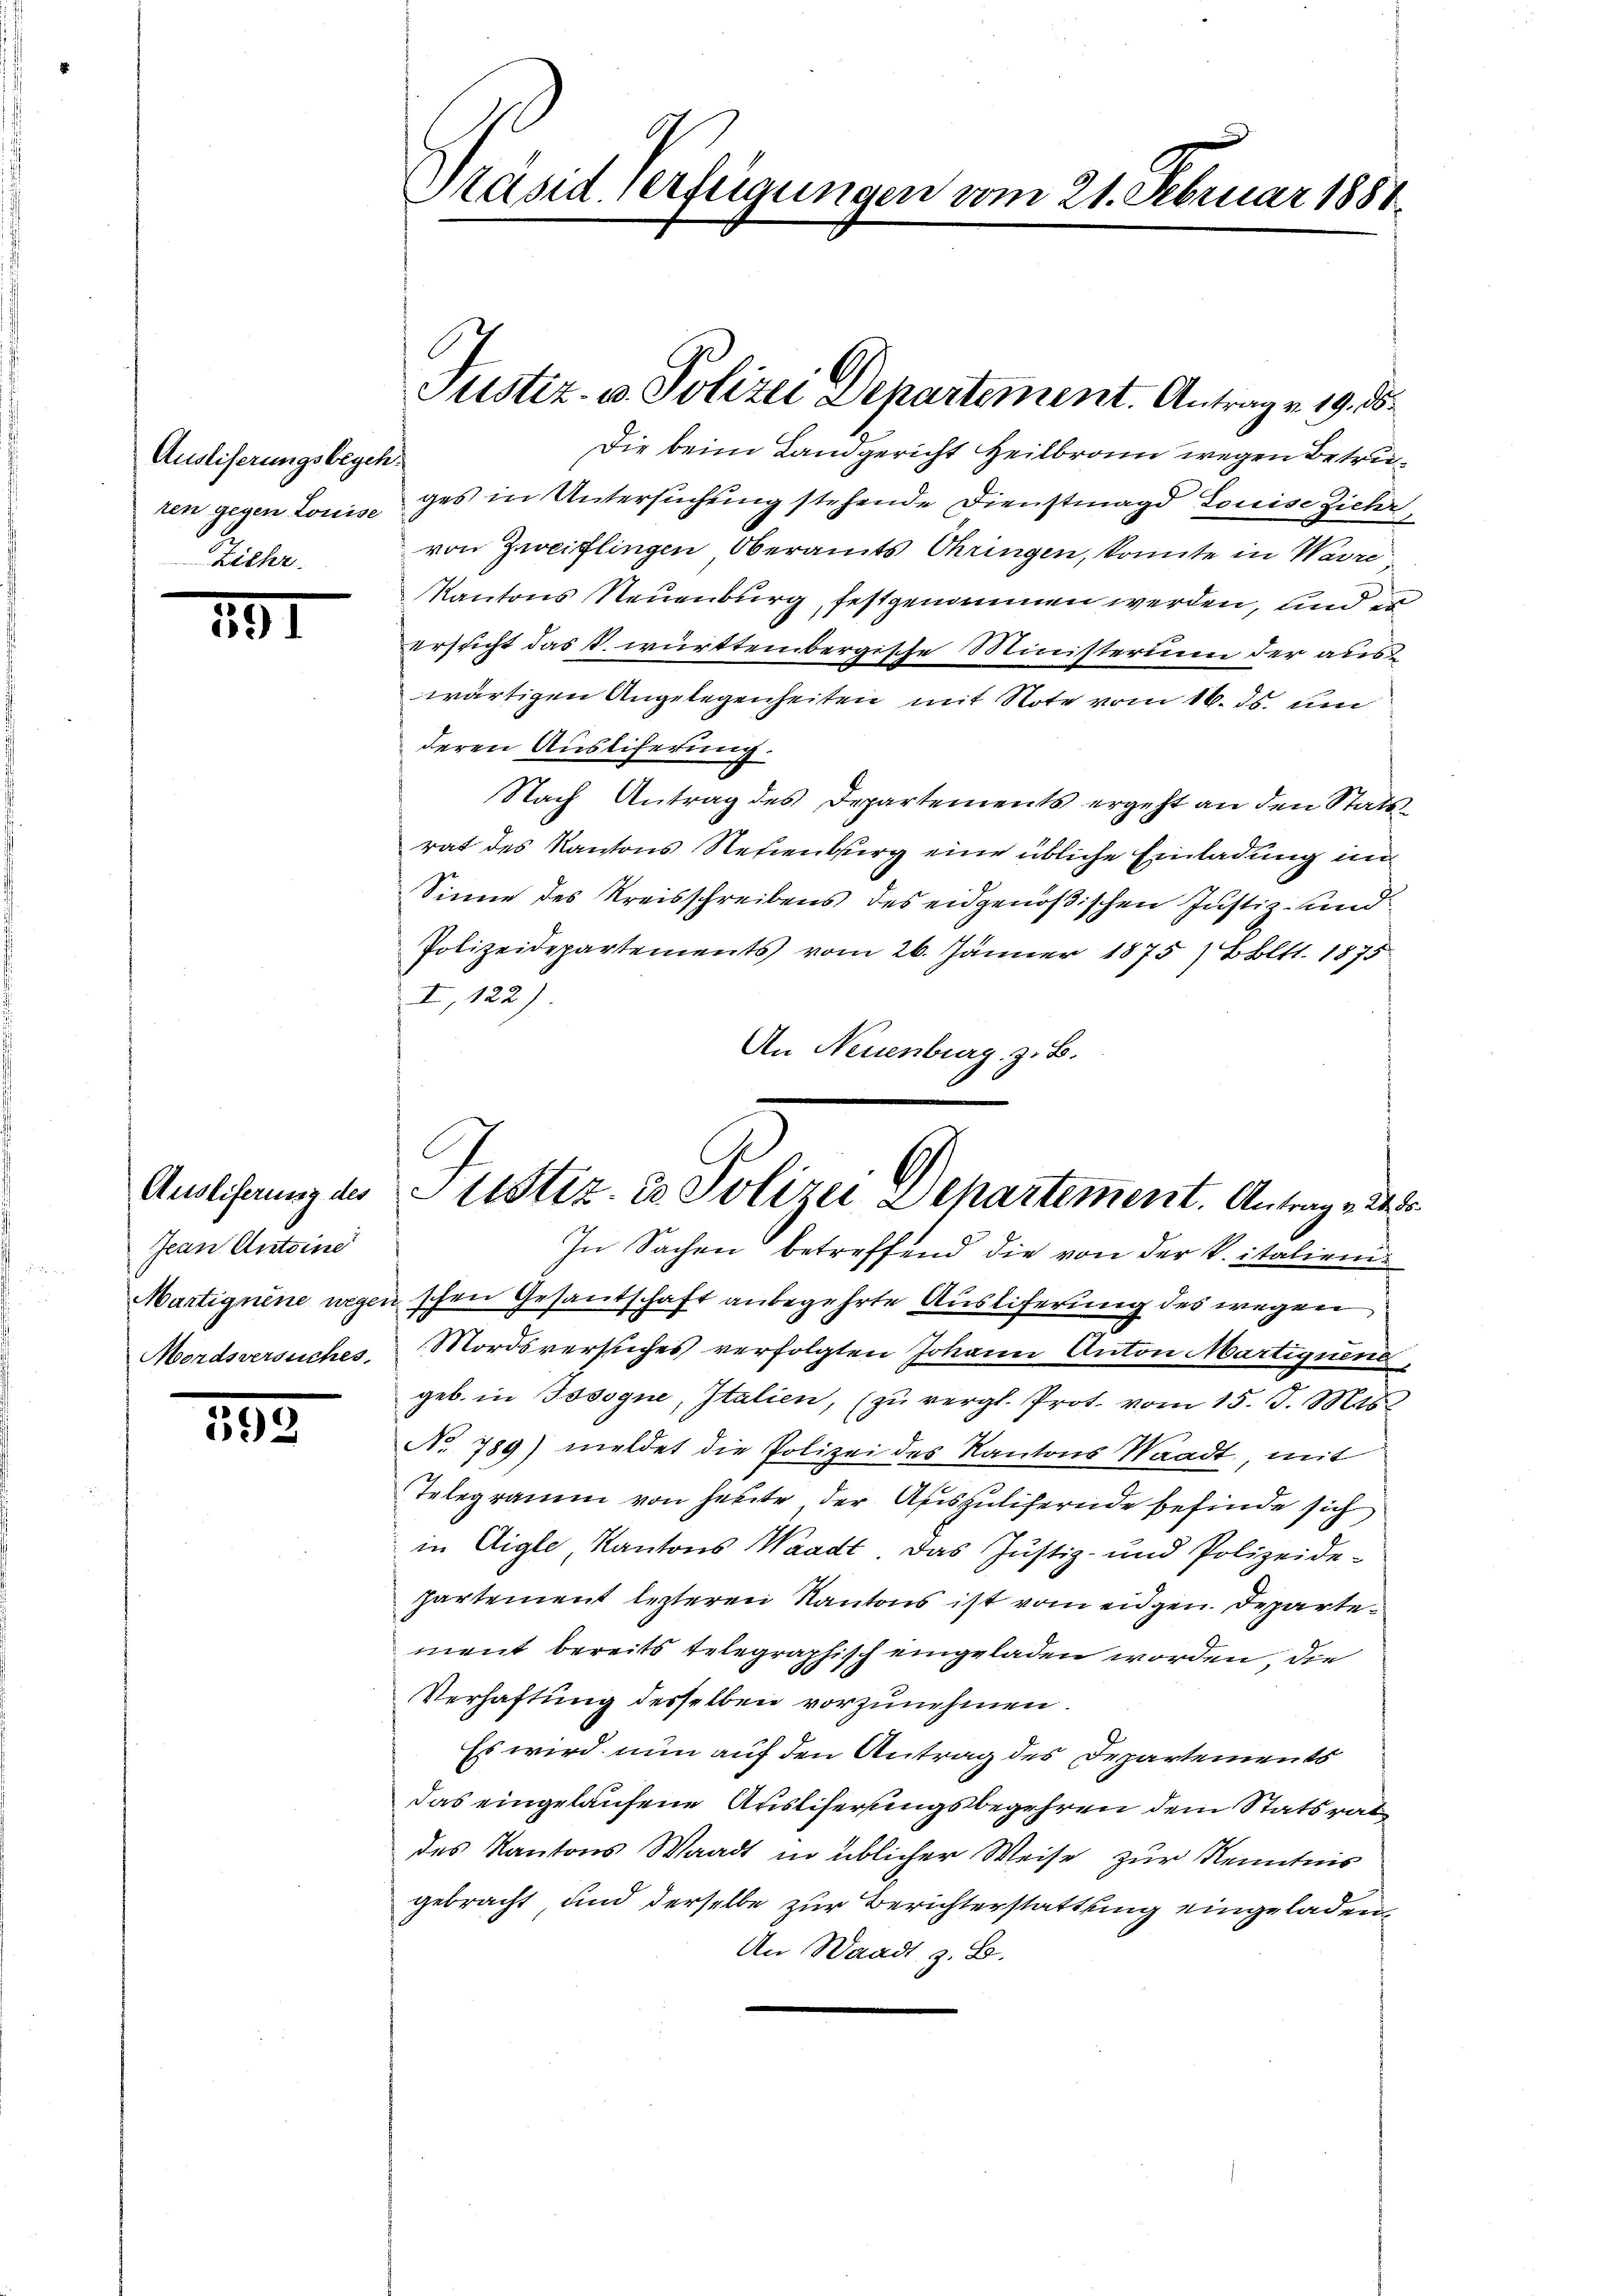
Ausliferungsbegeh
Ziehr

251

Jean Antoine

193

Präsid Verfügungen vom 21. Februar 1888

Die beim Landgericht Heilbronn wegen Betreren gegen Louis des in Untersuchung stehende Dienstmagd Louise Zieher
von Zweiflingen Oberamts Ohringen, konnte in Warre
Kantons Neuenburg, festgenommen werden, und er
ersucht das s. württembergische Ministerium der aus
wärtigen Angelegenheiten mit Note vom 16. ds. um
deren Auslieferung.
Nach Antrag des Departements ergeht an den Statsrat des Kantons Neuenburg eine übliche Einladung im
Sinne des Kreisschreibens des eidgenößischen Justiz- und
Polizeidepartements vom 26. Jänner 1875) Boltt. 1875
I, 122).
An Neuenburg z. B.
In Sachen betreffend die von der k. italiene
Martignine wegen schen Gesantschaft anbegehrte Ausliferung des wegen
Mordsversuches Mordsversuches verfolgten Johann Anton Martiquen
geb. in Tosogne, Italien, (zu vergl. Prot. vom 15. d. Mts.
No 789) meldet die Polizei des Kantons Waadt, mit
Telegramm von heute, der Auszulifernde befinde sich
in Aigle, Kantons Waadt, das Justiz- und Polizeide-
partement lezteren Kantons ist vom eidgen. Departement bereits telegraphisch eingeladen worden, die
Verhaftung derselben vorzunehmen.
Es wird nun auf den Antrag des Departements
das eingelaufene Ausliferungsbegehren dem Statsrat
des Kantons Waadt in üblicher Weise zur Kenntnis
gebracht, und derselbe zur Berichterstattung eingeladen,
An Waadt z. B.

Justiz- u. Polizei Departement. Antrag v. 19. 15.

Ausliferung des tustiz- & Polizei Departement. Antrag v. 24.